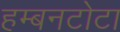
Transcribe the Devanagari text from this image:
हम्बनटोटा